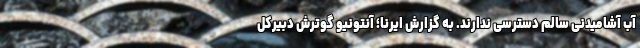
آب آشامیدنی سالم دسترسی ندارند. به گزارش ایرنا؛ آنتونیو گوترش دبیرکل